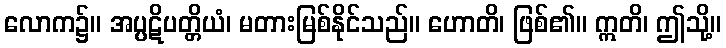
လောက၌။ အပ္ပဋိပတ္တိယံ၊ မတားမြစ်နိုင်သည်။ ဟောတိ၊ ဖြစ်၏။ ဣတိ၊ ဤသို့။